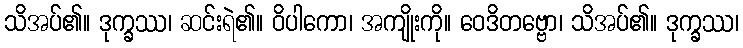
သိအပ်၏။ ဒုက္ခဿ၊ ဆင်းရဲ၏။ ဝိပါကော၊ အကျိုးကို။ ဝေဒိတဗ္ဗော၊ သိအပ်၏။ ဒုက္ခဿ၊